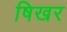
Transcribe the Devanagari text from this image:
षिखर